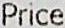
PRICE